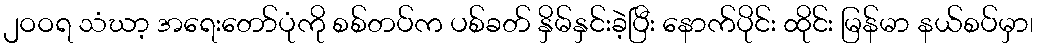
၂ဝဝရ သံဃာ့ အရေးတော်ပုံကို စစ်တပ်က ပစ်ခတ် နှိမ်နှင်းခဲ့ပြီး နောက်ပိုင်း ထိုင်း မြန်မာ နယ်စပ်မှာ၊